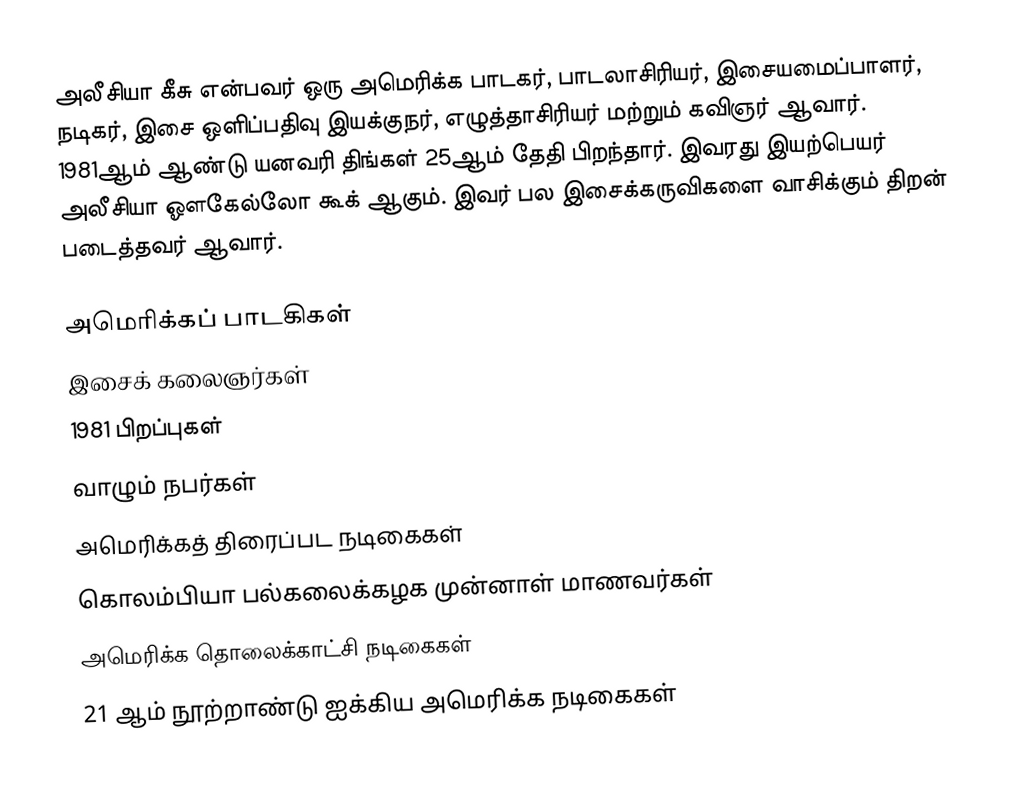
அலீசியா கீசு என்பவர் ஒரு அமெரிக்க பாடகர், பாடலாசிரியர், இசையமைப்பாளர், நடிகர், இசை ஒளிப்பதிவு இயக்குநர், எழுத்தாசிரியர் மற்றும் கவிஞர் ஆவார். 1981ஆம் ஆண்டு யனவரி திங்கள் 25ஆம் தேதி பிறந்தார். இவரது இயற்பெயர் அலீசியா ஔகேல்லோ கூக் ஆகும். இவர் பல இசைக்கருவிகளை வாசிக்கும் திறன் படைத்தவர் ஆவார்.

அமெரிக்கப் பாடகிகள்
இசைக் கலைஞர்கள்
1981 பிறப்புகள்
வாழும் நபர்கள்
அமெரிக்கத் திரைப்பட நடிகைகள்
கொலம்பியா பல்கலைக்கழக முன்னாள் மாணவர்கள்
அமெரிக்க தொலைக்காட்சி நடிகைகள்
21 ஆம் நூற்றாண்டு ஐக்கிய அமெரிக்க நடிகைகள்